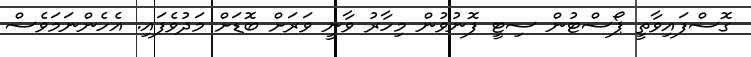
ގޮސްފައިވާތީ ޕޯސްޓުން ސިޓީ ފޮނުވުން މިހާރު ވާނީ ވަރަށް ބޮޑަށް މަދުވެފައި. އެހެންނަމަވެސް